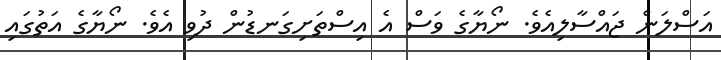
އަސްލަން ޖައްސާލިއެވެ. ނޯޔާގެ ވަސް އެ އިސްތަށިގަނޑުން ދުވި އެވެ. ނޯޔާގެ އަތުގައި